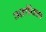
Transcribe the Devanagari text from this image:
अलॅक्स